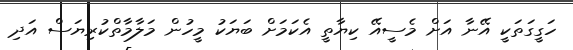
ހަގީގަތަކީ އޭނާ އަށް މެސީއޭ ކިޔާތީ އެކަމަށް ބަޔަކު މީހުން މަލާމާތްކުރިޔަސް އަދި